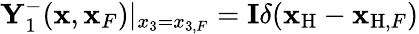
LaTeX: {\mathbf Y}_{1}^{-}({\mathbf x},{\mathbf x}_{F})|_{x_{3}={x_{3,F}}}={\mathbf I}\delta({{\mathbf x}_{\mathrm{H}}}-{{\mathbf x}_{\mathrm{H},F}})